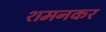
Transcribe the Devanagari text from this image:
शमनकर